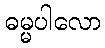
ဓမ္မပါလော